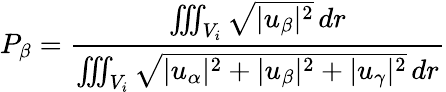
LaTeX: P_{\beta}=\frac{\iiint_{V_{i}}\sqrt{|u_{\beta}|^{2}}\, dr}{\iiint_{V_{i}}\sqrt{|u_{\alpha}|^{2}+|u_{\beta}|^{2}+|u_{\gamma}|^{2}}\, dr}